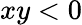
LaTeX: xy<0